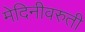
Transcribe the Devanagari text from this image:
मेदिनीवरुती